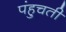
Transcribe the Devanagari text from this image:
पंहुचती